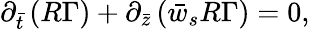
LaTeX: \partial_{\bar{t}}\left(R\Gamma\right)+\partial_{\bar{z}}\left(\bar{w}_{s}R\Gamma\right)=0,